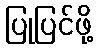
ပြုပြင်ဖို့